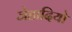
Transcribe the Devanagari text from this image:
जेहादियो